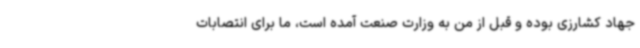
جهاد کشارزی بوده و قبل از من به وزارت صنعت آمده است، ما برای انتصابات